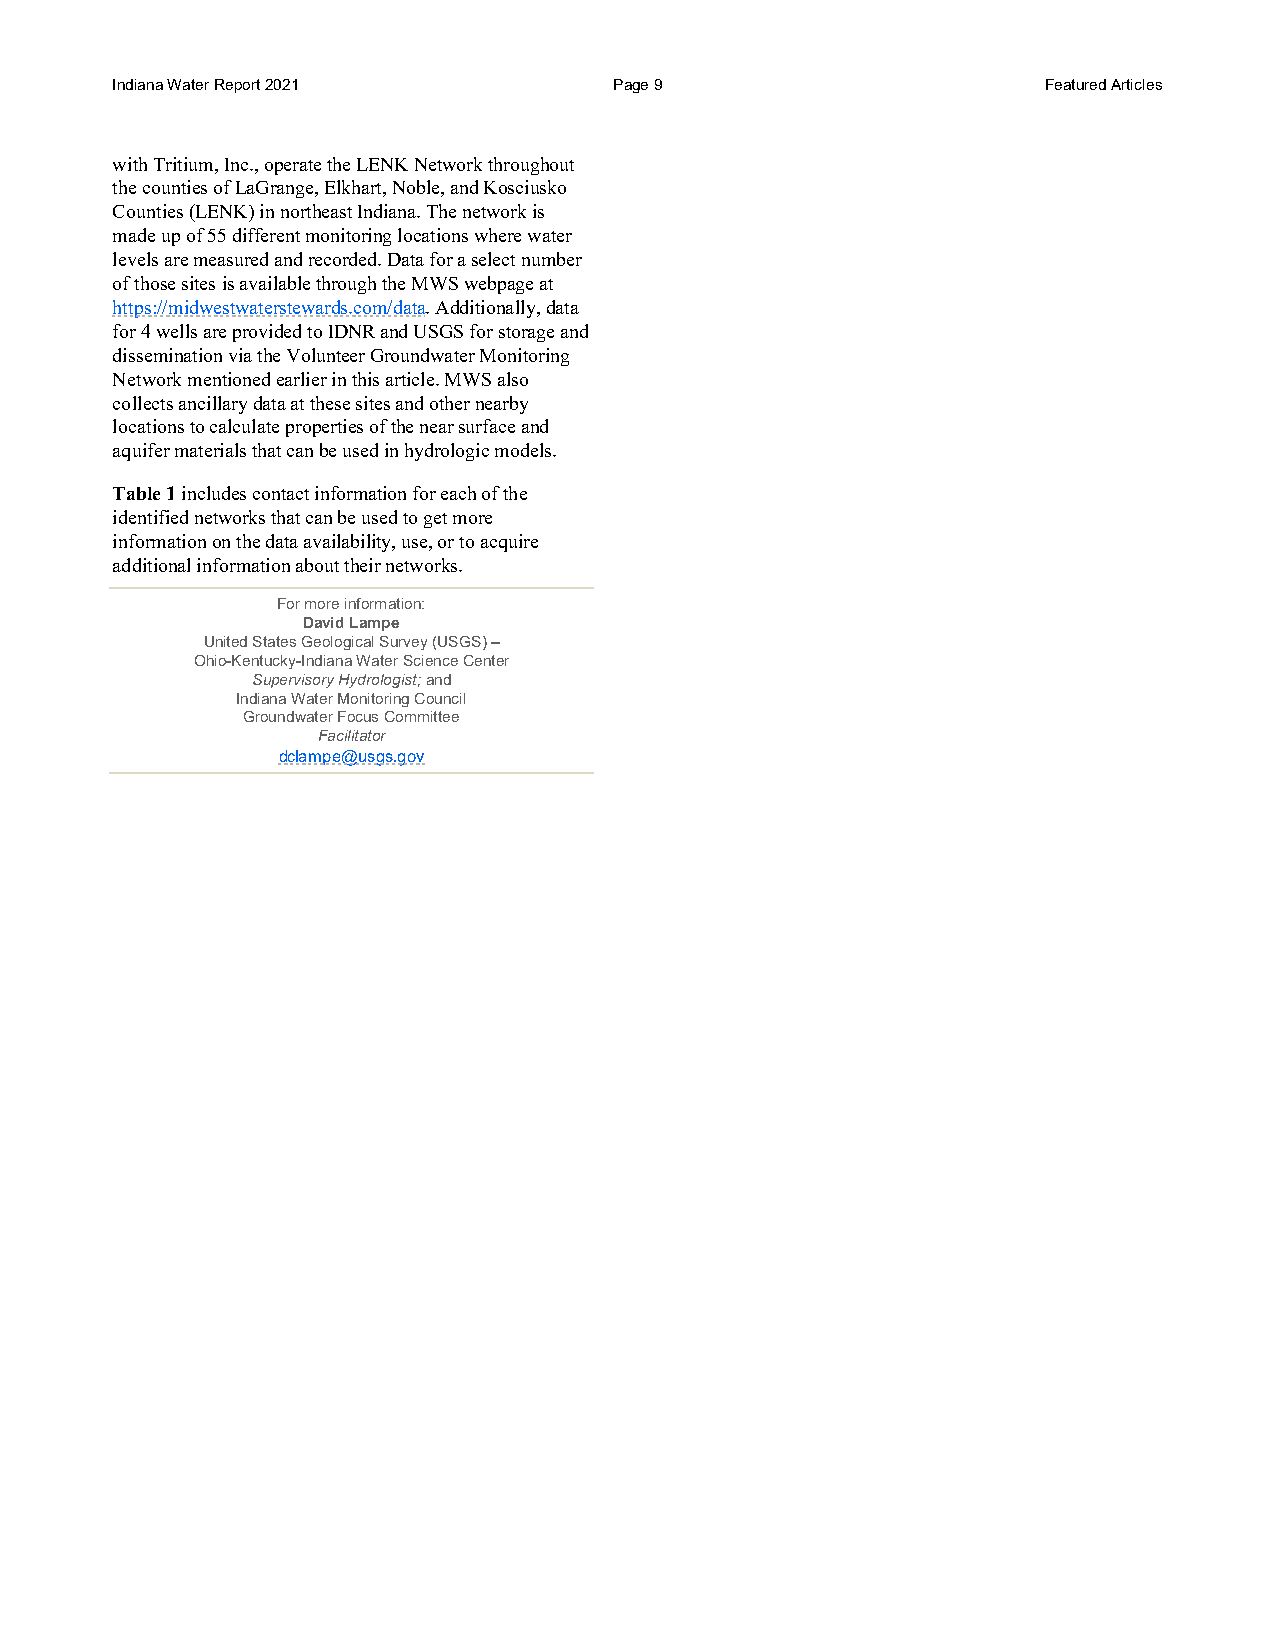
Indiana Water Report 2021         Page 9                      Featured Articles
 with Tritium, Inc., operate the LENK Network throughout
 the counties of LaGrange, Elkhart, Noble, and Kosciusko
 Counties (LENK) in northeast Indiana. The network is
 made up of 55 different monitoring locations where water
 levels are measured and recorded. Data for a select number
 of those sites is available through the MWS webpage at
 https://midwestwaterstewards.com/data. Additionally, data
 for 4 wells are provided to IDNR and USGS for storage and
 dissemination via the Volunteer Groundwater Monitoring
 Network mentioned earlier in this article. MWS also
 collects ancillary data at these sites and other nearby
 locations to calculate properties of the near surface and
 aquifer materials that can be used in hydrologic models.
 Table 1 includes contact information for each of the
 identified networks that can be used to get more
 information on the data availability, use, or to acquire
 additional information about their networks.
 For more information:
 David Lampe
 United States Geological Survey (USGS) –
 Ohio-Kentucky-Indiana Water Science Center
 Supervisory Hydrologist; and
 Indiana Water Monitoring Council
 Groundwater Focus Committee
 Facilitator
 dclampe@usgs.gov